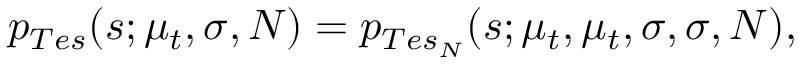
p _ { T e s } ( s ; \mu _ { t } , \sigma , N ) = p _ { T e s _ { N } } ( s ; \mu _ { t } , \mu _ { t } , \sigma , \sigma , N ) ,